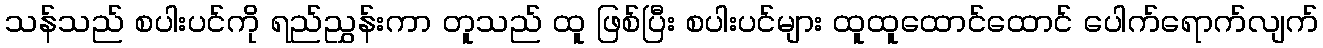
သန်သည် စပါးပင်ကို ရည်ညွှန်းကာ တူသည် ထူ ဖြစ်ပြီး စပါးပင်များ ထူထူထောင်ထောင် ပေါက်ရောက်လျက်